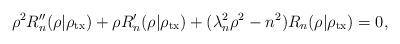
LaTeX: \begin{align*} \rho^2 R_n''(\rho|\rho_{\rm tx})+\rho R_n'(\rho|\rho_{\rm tx})+ (\lambda _{n}^2\rho^2 - {n^2})R_n(\rho|\rho_{\rm tx})= 0, \end{align*}